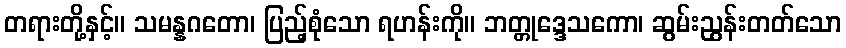
တရားတို့နှင့်။ သမန္နဂတော၊ ပြည့်စုံသော ရဟန်းကို။ ဘတ္တုဒ္ဒေသကော၊ ဆွမ်းညွန်းတတ်သော